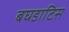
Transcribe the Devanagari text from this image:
बघडाटिस